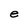
Character: e